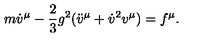
m { \dot { v } } ^ { \mu } - { \frac 2 3 } g ^ { 2 } ( { \ddot { v } } ^ { \mu } + { \dot { v } } ^ { 2 } v ^ { \mu } ) = f ^ { \mu } .